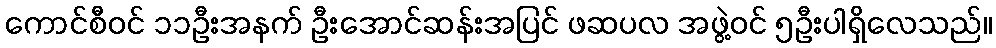
ကောင်စီဝင် ၁၁ဦးအနက် ဦးအောင်ဆန်းအပြင် ဖဆပလ အဖွဲ့ဝင် ၅ဦးပါရှိလေသည်။